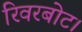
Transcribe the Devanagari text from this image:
रिवरबोट।